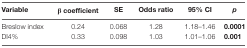
| Variable | β coefficient | SE | Odds ratio | 95% CI | p |
 | --- | --- | --- | --- | --- | --- |
 | Breslow index | 0.24 | 0.068 | 1.28 | 1.18–1.46 | 0.0001 |
 | DI4% | 0.33 | 0.098 | 1.03 | 1.01–1.06 | 0.001 |